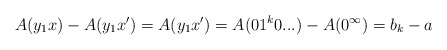
\begin{align*}A(y_1x) - A(y_1x') = A(y_1x') = A(01^k0...) - A(0^\infty) = b_k - a\end{align*}